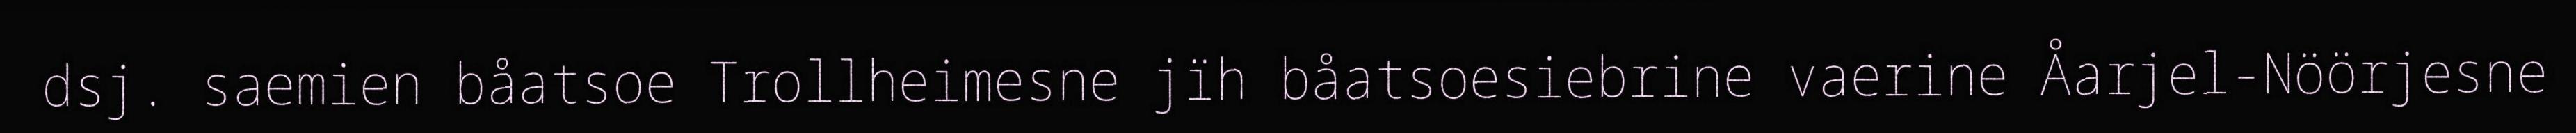
dsj. saemien båatsoe Trollheimesne jïh båatsoesiebrine vaerine Åarjel-Nöörjesne